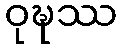
ဝုဍ္ဎဿ